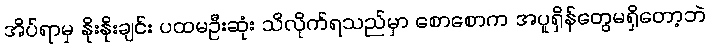
အိပ်ရာမှ နိုးနိုးချင်း ပထမဦးဆုံး သိလိုက်ရသည်မှာ စောစောက အပူရှိန်တွေမရှိတော့ဘဲ